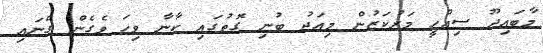
މާބައިދޫ ސިއްހީ މަރުކަޒުން މިއަދު ބުނި ގޮތުގައި ކާނާ ވިހަ ވެގެން ގެނައި